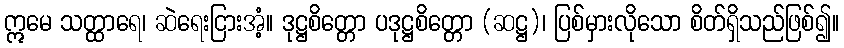
ဣမေ သတ္ထာရေ၊ ဆဲရေးငြားအံ့။ ဒုဋ္ဌစိတ္တော ပဒုဋ္ဌစိတ္တော (ဆဋ္ဌ)၊ ပြစ်မှားလိုသော စိတ်ရှိသည်ဖြစ်၍။